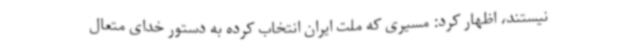
نیستند، اظهار کرد: مسیری که ملت ایران انتخاب کرده به دستور خدای متعال